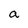
Character: a